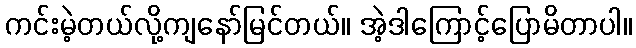
ကင်းမဲ့တယ်လို့ကျနော်မြင်တယ်။ အဲ့ဒါကြောင့်ပြောမိတာပါ။